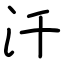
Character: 汘